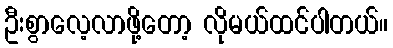
ဦးစွာလေ့လာဖို့တော့ လိုမယ်ထင်ပါတယ်။